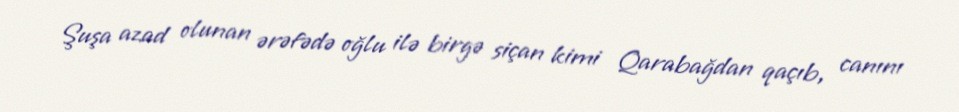
Şuşa azad olunan ərəfədə oğlu ilə birgə siçan kimi Qarabağdan qaçıb, canını